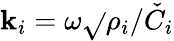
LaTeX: \mathbf{k}_{i}=\omega{\sqrt{}{{\rho_{i}/\check{{C}}_{i}}}}